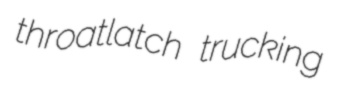
throatlatch trucking